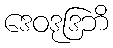
ဒေဝဒုဒြဘိ